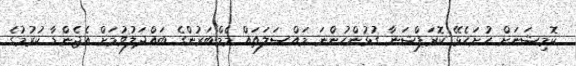
ކޮމިޝަނަށް ހުށަހެޅޭ ކޮރަޕްޝަނާ ގުޅުންހުންނަ މައްސަލަތައް މެމްބަރުންގެ ބައްދަލުވުމަށް އެޖެންޑާ ކުރުމުގެ